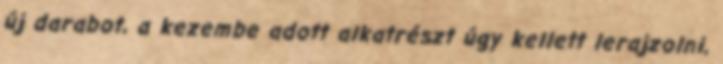
új darabot, a kezembe adott alkatrészt úgy kellett lerajzolni,